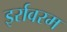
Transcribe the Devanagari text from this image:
इर्रावरम